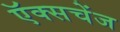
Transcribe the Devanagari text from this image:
ऍक्सचेंज